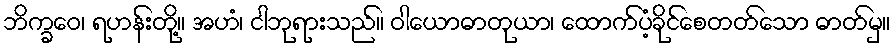
ဘိက္ခဝေ၊ ရဟန်းတို့။ အဟံ၊ ငါဘုရားသည်။ ဝါယောဓာတုယာ၊ ထောက်ပံ့ခိုင်စေတတ်သော ဓာတ်မှ။